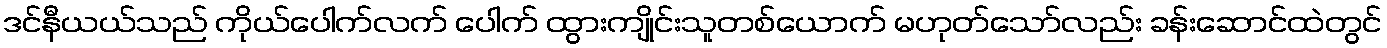
ဒင်နီယယ်သည် ကိုယ်ပေါက်လက် ပေါက် ထွားကျိုင်းသူတစ်ယောက် မဟုတ်သော်လည်း ခန်းဆောင်ထဲတွင်